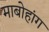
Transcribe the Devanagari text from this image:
माबोहांग